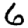
Digit: 6